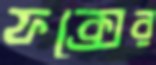
ফক্সের